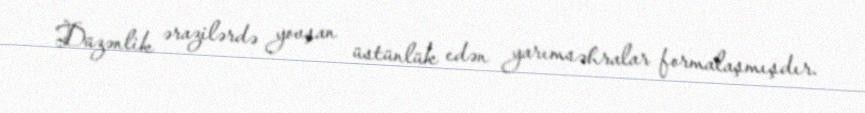
Düzənlik ərazilərdə yovşan üstünlük edən yarımsəhralar formalaşmışdır.